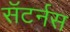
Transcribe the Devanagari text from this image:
सॅटर्नस